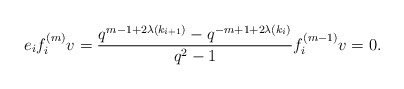
\begin{align*}e_if_i^{(m)}v = \frac{q^{m-1+2\lambda(k_{i+1})}-q^{-m+1+2\lambda(k_i)}}{q^2-1} f_i^{(m-1)}v =0.\end{align*}